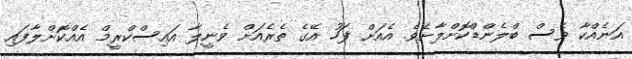
އަނެއްކާ ވެސް ބްލެންޑްކޮށްލާށެވެ. އެއަށް ފަހު އޭގެ ތެރެއަށް ވެނީލާ އައިސްކްރީމް އެއްކޮށްލާފައި